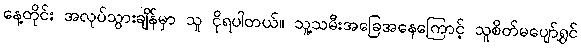
နေ့တိုင်း အလုပ်သွားချိန်မှာ သူ ငိုရပါတယ်။ သူ့သမီးအခြေအနေကြောင့် သူစိတ်မပျော်ရွှင်